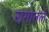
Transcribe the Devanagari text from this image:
रागातले